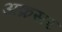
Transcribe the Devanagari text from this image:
अक्रसर